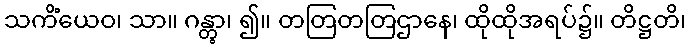
သကိံယေဝ၊ သာ။ ဂန္တွာ၊ ၍။ တတြတတြဌာနေ၊ ထိုထိုအရပ်၌။ တိဋ္ဌတိ၊